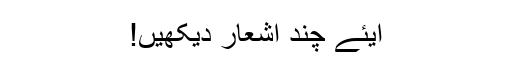
آیئے چند اشعار دیکھیں!